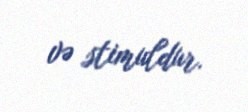
və stimuldur.